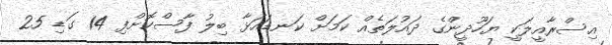
އިސްރާއީލަކީ ޔަހޫދީންގެ ދައުލަތެއް ކަމަށް ކަނޑައަޅާ ބިލު ފާސްކޮށްފި 14 ގަޑި 25